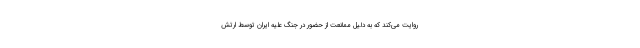
روایت می‌کند که به دلیل ممانعت از حضور در جنگ علیه ایران توسط ارتش